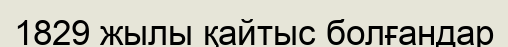
1829 жылы қайтыс болғандар